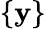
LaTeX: \{ \mathbf{y}\}